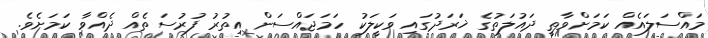
މައްސަލައެއް ކަމަށްވާތީ ދައުލަތުގެ ޚަރަދުގައި ވަކީލަކު ހަމަޖައްސަން އިތުރު ފުރުސަތެއް ދެއްވާ ކަމަށެވެ.